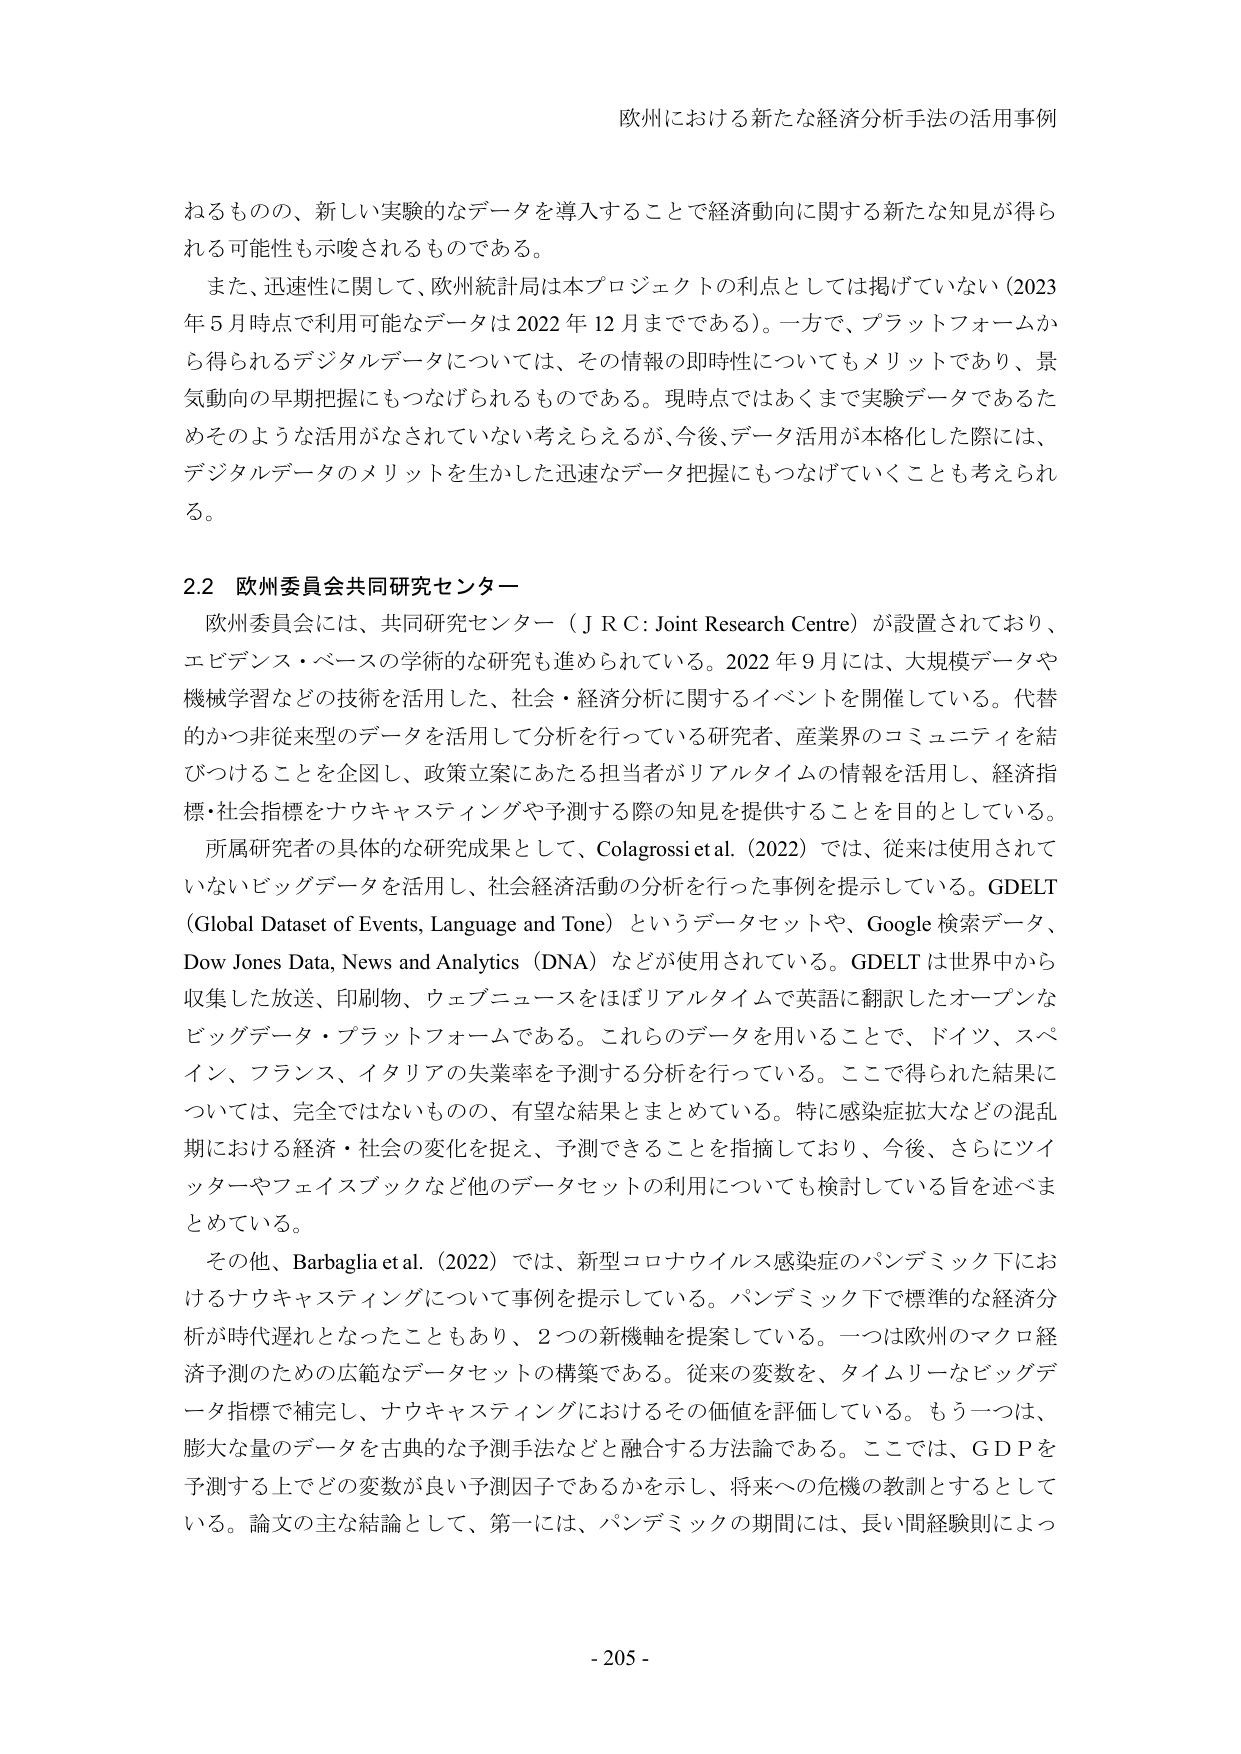
欧州における新たな経済分析手法の活用事例

ねるものので、新しい実験的なデータを導入することで経済動向に関する新たな知見が得られる可能性も示唆されるものである。

また、迅速性に関して、欧州統計局は本プロジェクトの利点としては掲げていない（2023年5月時点で利用可能なデータは2022年12月までである）。一方で、プラットフォームから得られるデジタルデータについては、その情報の即時性についてもメリットであり、景気動向の早期把握にもつなげられるものである。現時点ではあくまで実験データであるためそのような活用がなされていないと考えられるが、今後、データ活用が本格化した際には、デジタルデータのメリットを生かした迅速なデータ把握にもつなげていくことも考えられる。

2.2 欧州委員会共同研究センター

欧州委員会には、共同研究センター（JRC: Joint Research Centre）が設置されており、エビデンス・ベースの学術的な研究も進められている。2022年9月には、大規模データや機械学習などの技術を活用した、社会・経済分析に関するイベントを開催している。代替的かつ非従来型のデータを活用して分析を行っている研究者、産業界のコミュニティを結びつけることを企図し、政策立案にあたる担当者がリアルタイムの情報を活用し、経済指標・社会指標をナウキャスティングや予測する際の知見を提供することを目的としている。

所属研究者の具体的な研究成果として、Colagrossi et al. (2022) では、従来は使用されていないビッグデータを活用し、社会経済活動の分析を行った事例を提示している。GDELT (Global Dataset of Events, Language and Tone) というデータセットや、Google 検索データ、Dow Jones Data, News and Analytics (DNA) などが使用されている。GDELT は世界中から収集した放送、印刷物、ウェブニュースをほぼリアルタイムで英語に翻訳したオープンなビッグデータ・プラットフォームである。これらのデータを用いることで、ドイツ、スペイン、フランス、イタリアの失業率を予測する分析を行っている。ここで得られた結果については、完全ではないものの、有望な結果とまとめている。特に感染症拡大などの混乱期における経済・社会の変化を捉え、予測できることを指摘しており、今後、さらにツイッターやフェイスブックなど他のデータセットの利用についても検討している旨を述べまとめている。

その他、Barbaglia et al. (2022) では、新型コロナウイルス感染症のパンデミック下におけるナウキャスティングについて事例を提示している。パンデミック下で標準的な経済分析が時代遅れとなったこともあり、2つの新機軸を提案している。一つは欧州のマクロ経済予測のための広範なデータセットの構築である。従来の変数を、タイムリーなビッグデータ指標で補完し、ナウキャスティングにおけるその価値を評価している。もう一つは、膨大な量のデータを古典的な予測手法などと融合する方法論である。ここでは、GDPを予測する上でどの変数が良い予測因子であるかを示し、将来への危機の教訓とするとしている。論文の主な結論として、第一には、パンデミックの期間には、長い間経験則によっ

- 205 -